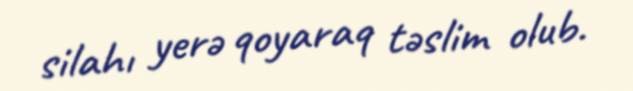
silahı yerə qoyaraq təslim olub.